Report on vaccination in the Province of Bengal - 1869-1873
Year: 1869
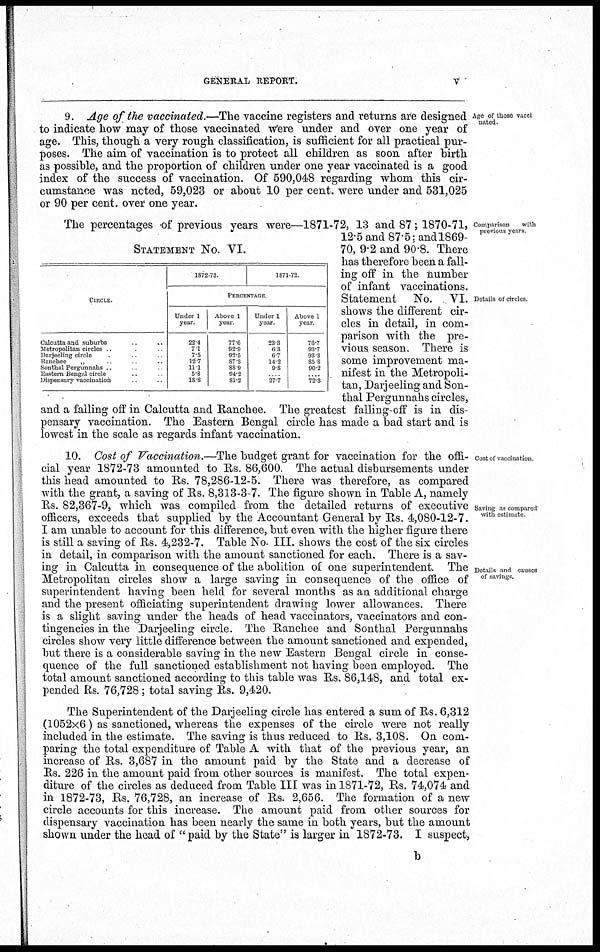
GENERAL REPORT.
v
Age of those vacci
nated.
9. Age of the vaccinated.—The vaccine registers and returns are designed
to indicate how may of those vaccinated were under and over one year of
age. This, though a very rough classification, is sufficient for all practical pur-
poses. The aim of vaccination is to protect all children as soon after birth
as possible, and the proportion of children under one year vaccinated is a good
index of the success of vaccination. Of 590,048 regarding whom this cir-
cumstance was noted, 59,023 or about 10 per cent. were under and 531,025
or 90 per cent. over one year.
Comparison
with
previous years
Details of circles
STATEMENT No. VI.
CIRCLE.
Calcutta and suburbs ...
Metropolitan circles ... ...
Darjeeling circle ... ...
Ranchee
„ ... ...
Sonthal Pergunnahs ... ...
Eastern Bengal circle .. ...
Dispensary vaccination ...
1872-73
1871-72
PERCENTAGE
Under 1
year.
22.4
7.1
7.5
12.7
11.1
5.8
18.8
Above 1
year
77.6
92.9
92.5
87.3
88.9
94.2
81.2
Under 1
year.
23.3
6.3
6.7
14.2
9.8
...
27.7
Above 1
year
76.7
93.7
93.3
85.8
90.2
...
72.3
The percentages of previous years were—1871-72, 13 and 87; 1870-71,
12.5 and 87.5; and 1869-
70, 9.2 and 90.8. There
has therefore been a fall-
ing off in the number
of infant vaccinations.
Statement No. VI.
shows the different cir-
cles in detail, in com-
parison with the pre-
vious season. There is
some improvement ma-
nifest in the Metropoli-
tan, Darjeeling and Son-
thal Pergunnahs circles,
and a falling off in Calcutta and Ranchee. The greatest falling-off is in dis-
pensary vaccination. The Eastern Bengal circle has made a bad start and is
lowest in the scale as regards infant vaccination.
Cost of vaccination
Saving as compared
with estimate
Details and causes
of savings.
10. Cost of Vaccination.—The budget grant for vaccination for the offi-
cial year 1872-73 amounted to Rs. 86,600. The actual disbursements under
this head amounted to Rs. 78,286-12-5. There was therefore, as compared
with the grant, a saving of Rs. 8,313-3-7. The figure shown in Table A, namely
Rs. 82,367-9, which was compiled from the detailed returns of executive
officers, exceeds that supplied by the Accountant General by Rs. 4,080-12-7.
I am unable to account for this difference, but even with the higher figure there
is still a saving of Rs. 4,232-7. Table No. III. shows the cost of the six circles
in detail, in comparison with the amount sanctioned for each. There is a sav-
ing in Calcutta in consequence of the abolition of one superintendent. The
Metropolitan circles show a large saving in consequence of the office of
superintendent having been held for several months as an additional charge
and the present officiating superintendent drawing lower allowances. There
is a slight saving under the heads of head vaccinators, vaccinators and con-
tingencies in the Darjeeling circle. The Ranchee and Sonthal Pergunnahs
circles show very little difference between the amount sanctioned and expended,
but there is a considerable saving in the new Eastern Bengal circle in conse-
quence of the full sanctioned establishment not having been employed. The
total amount sanctioned according to this table was Rs. 86,148, and total ex-
pended Rs. 76,728; total saving Rs. 9,420.
The Superintendent of the Darjeeling circle has entered a sum of Rs. 6,312
(1052x6) as sanctioned, whereas the expenses of the circle were not really
included in the estimate. The saving is thus reduced to Rs. 3,108. On com-
paring the total expenditure of Table A with that of the previous year, an
increase of Rs. 3,687 in the amount paid by the State and a decrease of
Rs. 226 in the amount paid from other sources is manifest. The total expen-
diture of the circles as deduced from Table III was in 1871-72, Rs. 74,074 and
in 1872-73, Rs. 76,728, an increase of Rs. 2,656. The formation of a new
circle accounts for this increase. The amount paid from other sources for
dispensary vaccination has been nearly the same in both years, but the amount
shown under the head of "paid by the State" is larger in 1872-73. I suspect,
b